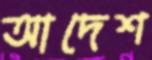
আদেশ